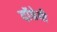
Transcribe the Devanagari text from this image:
दॉम्रेमी